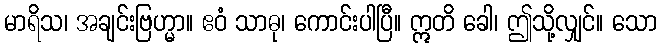
မာရိသ၊ အချင်းဗြဟ္မာ။ ဧဝံ သာဓု၊ ကောင်းပါပြီ။ ဣတိ ခေါ၊ ဤသို့လျှင်။ သော